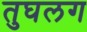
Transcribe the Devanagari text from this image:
तुघलग